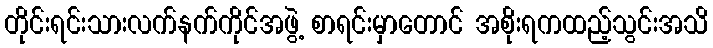
တိုင်းရင်းသားလက်နက်ကိုင်အဖွဲ့ စာရင်းမှာတောင် အစိုးရကထည့်သွင်းအသိ